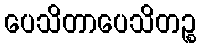
ပေသိတာပေသိတဉ္စ